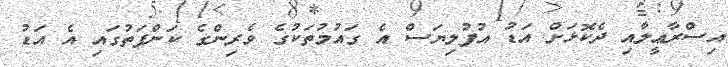
އިސްރާޢީލާއި ދެކޮޅަށް އަޑު އުފުލިޔަސް އެ ގައުމުތަކުގެ ވެރިންގެ ކަންފަތުގައި އެ އަޑު